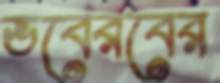
ভবেরবের